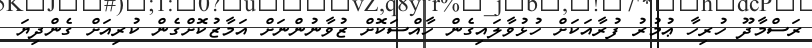
ރަސްމާދޫ ހުރިހާ ޢުމުރު ފުރާއަކަށް ހުޅުވާލައިގެން ހާއްސަކޮށް ޒުވާނުންނަށް އަމާޒުކޮށްގެން ކުރިއަށް ގެންދިޔަ